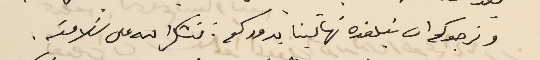
ونرجوكم ان تبلغوه تهانينا بدوركم: نشكر الله على سلامته.